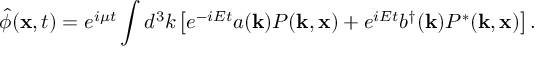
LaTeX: \hat { \phi } ( { \bf x } , t ) = e ^ { i \mu t } \int d ^ { 3 } k \left[ e ^ { - i E t } a ( { \bf k } ) P ( { \bf k } , { \bf x } ) + e ^ { i E t } b ^ { \dagger } ( { \bf k } ) P ^ { * } ( { \bf k } , { \bf x } ) \right] .